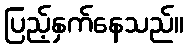
ပြည့်နှက်နေသည်။